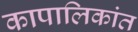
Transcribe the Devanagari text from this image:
कापालिकांत